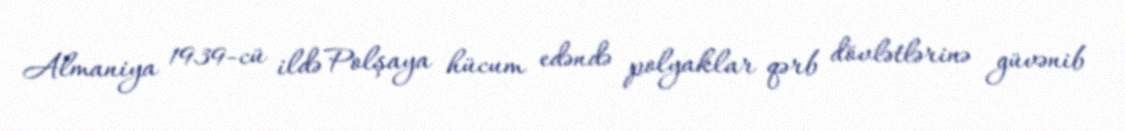
Almaniya 1939-cü ildə Polşaya hücum edəndə polyaklar qərb dövlətlərinə güvənib